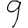
Digit: 9